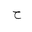
Letter: _ha